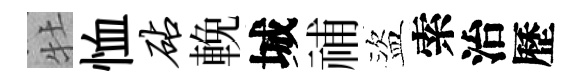
牡恤砧輓城𥙷盜索治歷